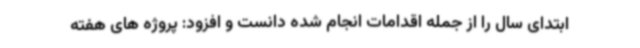
ابتدای سال را از جمله اقدامات انجام شده دانست و افزود: پروژه های هفته